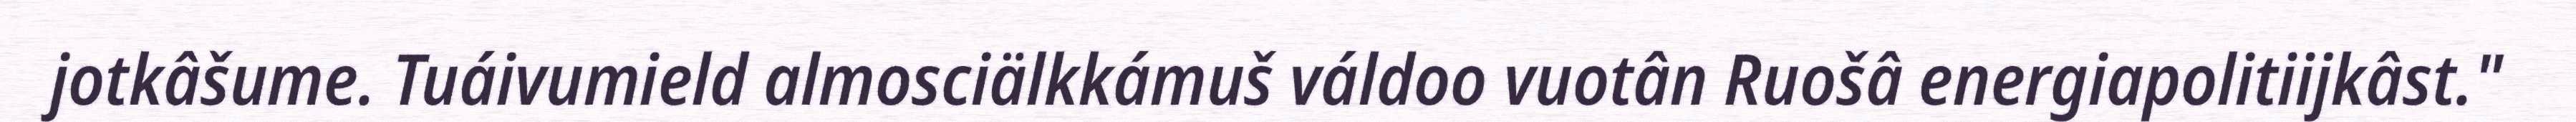
jotkâšume. Tuáivumield almosciälkkámuš váldoo vuotân Ruošâ energiapolitiijkâst."